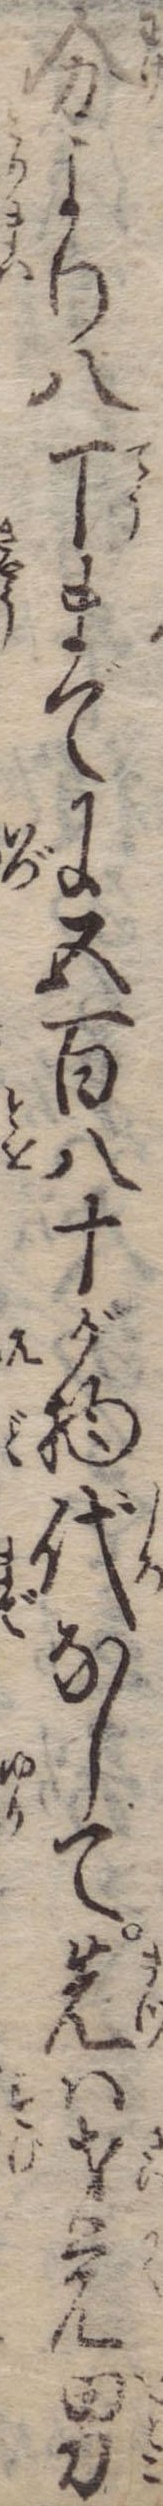
分より八丁までに五百八十が物代なして先は才覚男